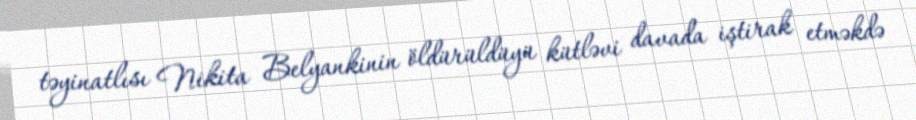
təyinatlısı Nikita Belyankinin öldürüldüyü kütləvi davada iştirak etməkdə